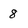
Character: 8